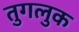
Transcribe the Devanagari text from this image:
तुगलुक